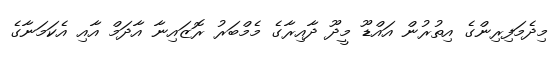
މިދެމަފިރިންގެ އިތުރުން އައްޑޫ މީދޫ ދާއިރާގެ މެމްބަރު ރޮޒައިނާ އާދަމް އާއި އެކަމަނާގެ